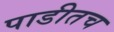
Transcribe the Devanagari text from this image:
पाडीतच